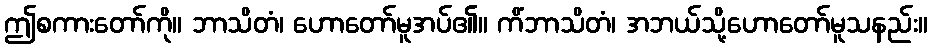
ဤစကားတော်ကို။ ဘာသိတံ၊ ဟောတော်မူအပ်၏။ ကိံဘာသိတံ၊ အဘယ်သို့ဟောတော်မူသနည်း။